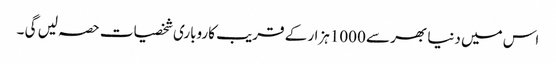
اس میں دنیا بھر سے 1000ہزار کے قریب کاروباری شخصیات حصہ لیں گی ۔